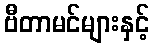
ဗီတာမင်များနှင့်